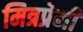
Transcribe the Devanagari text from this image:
मित्रप्रेमी